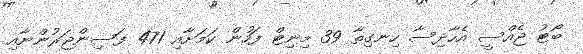
ބޯޓު ޖެއްސީ އެހާދިސާ ހިނގިތާ 39 މިނިޓް ފަހުން ކަމަށާއި 471 ފަސިންޖަރުންނާއި